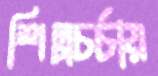
শিল্পচর্চায়